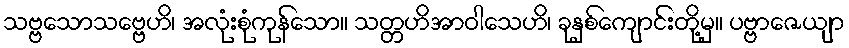
သဗ္ဗသောသဗ္ဗေဟိ၊ အလုံးစုံကုန်သော။ သတ္တဟိအာဝါသေဟိ၊ ခုနှစ်ကျောင်းတို့မှ။ ပဗ္ဗာဇေယျာ